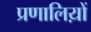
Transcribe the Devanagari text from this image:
प्रणालिय़ों